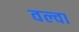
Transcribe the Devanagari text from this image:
वल्वा